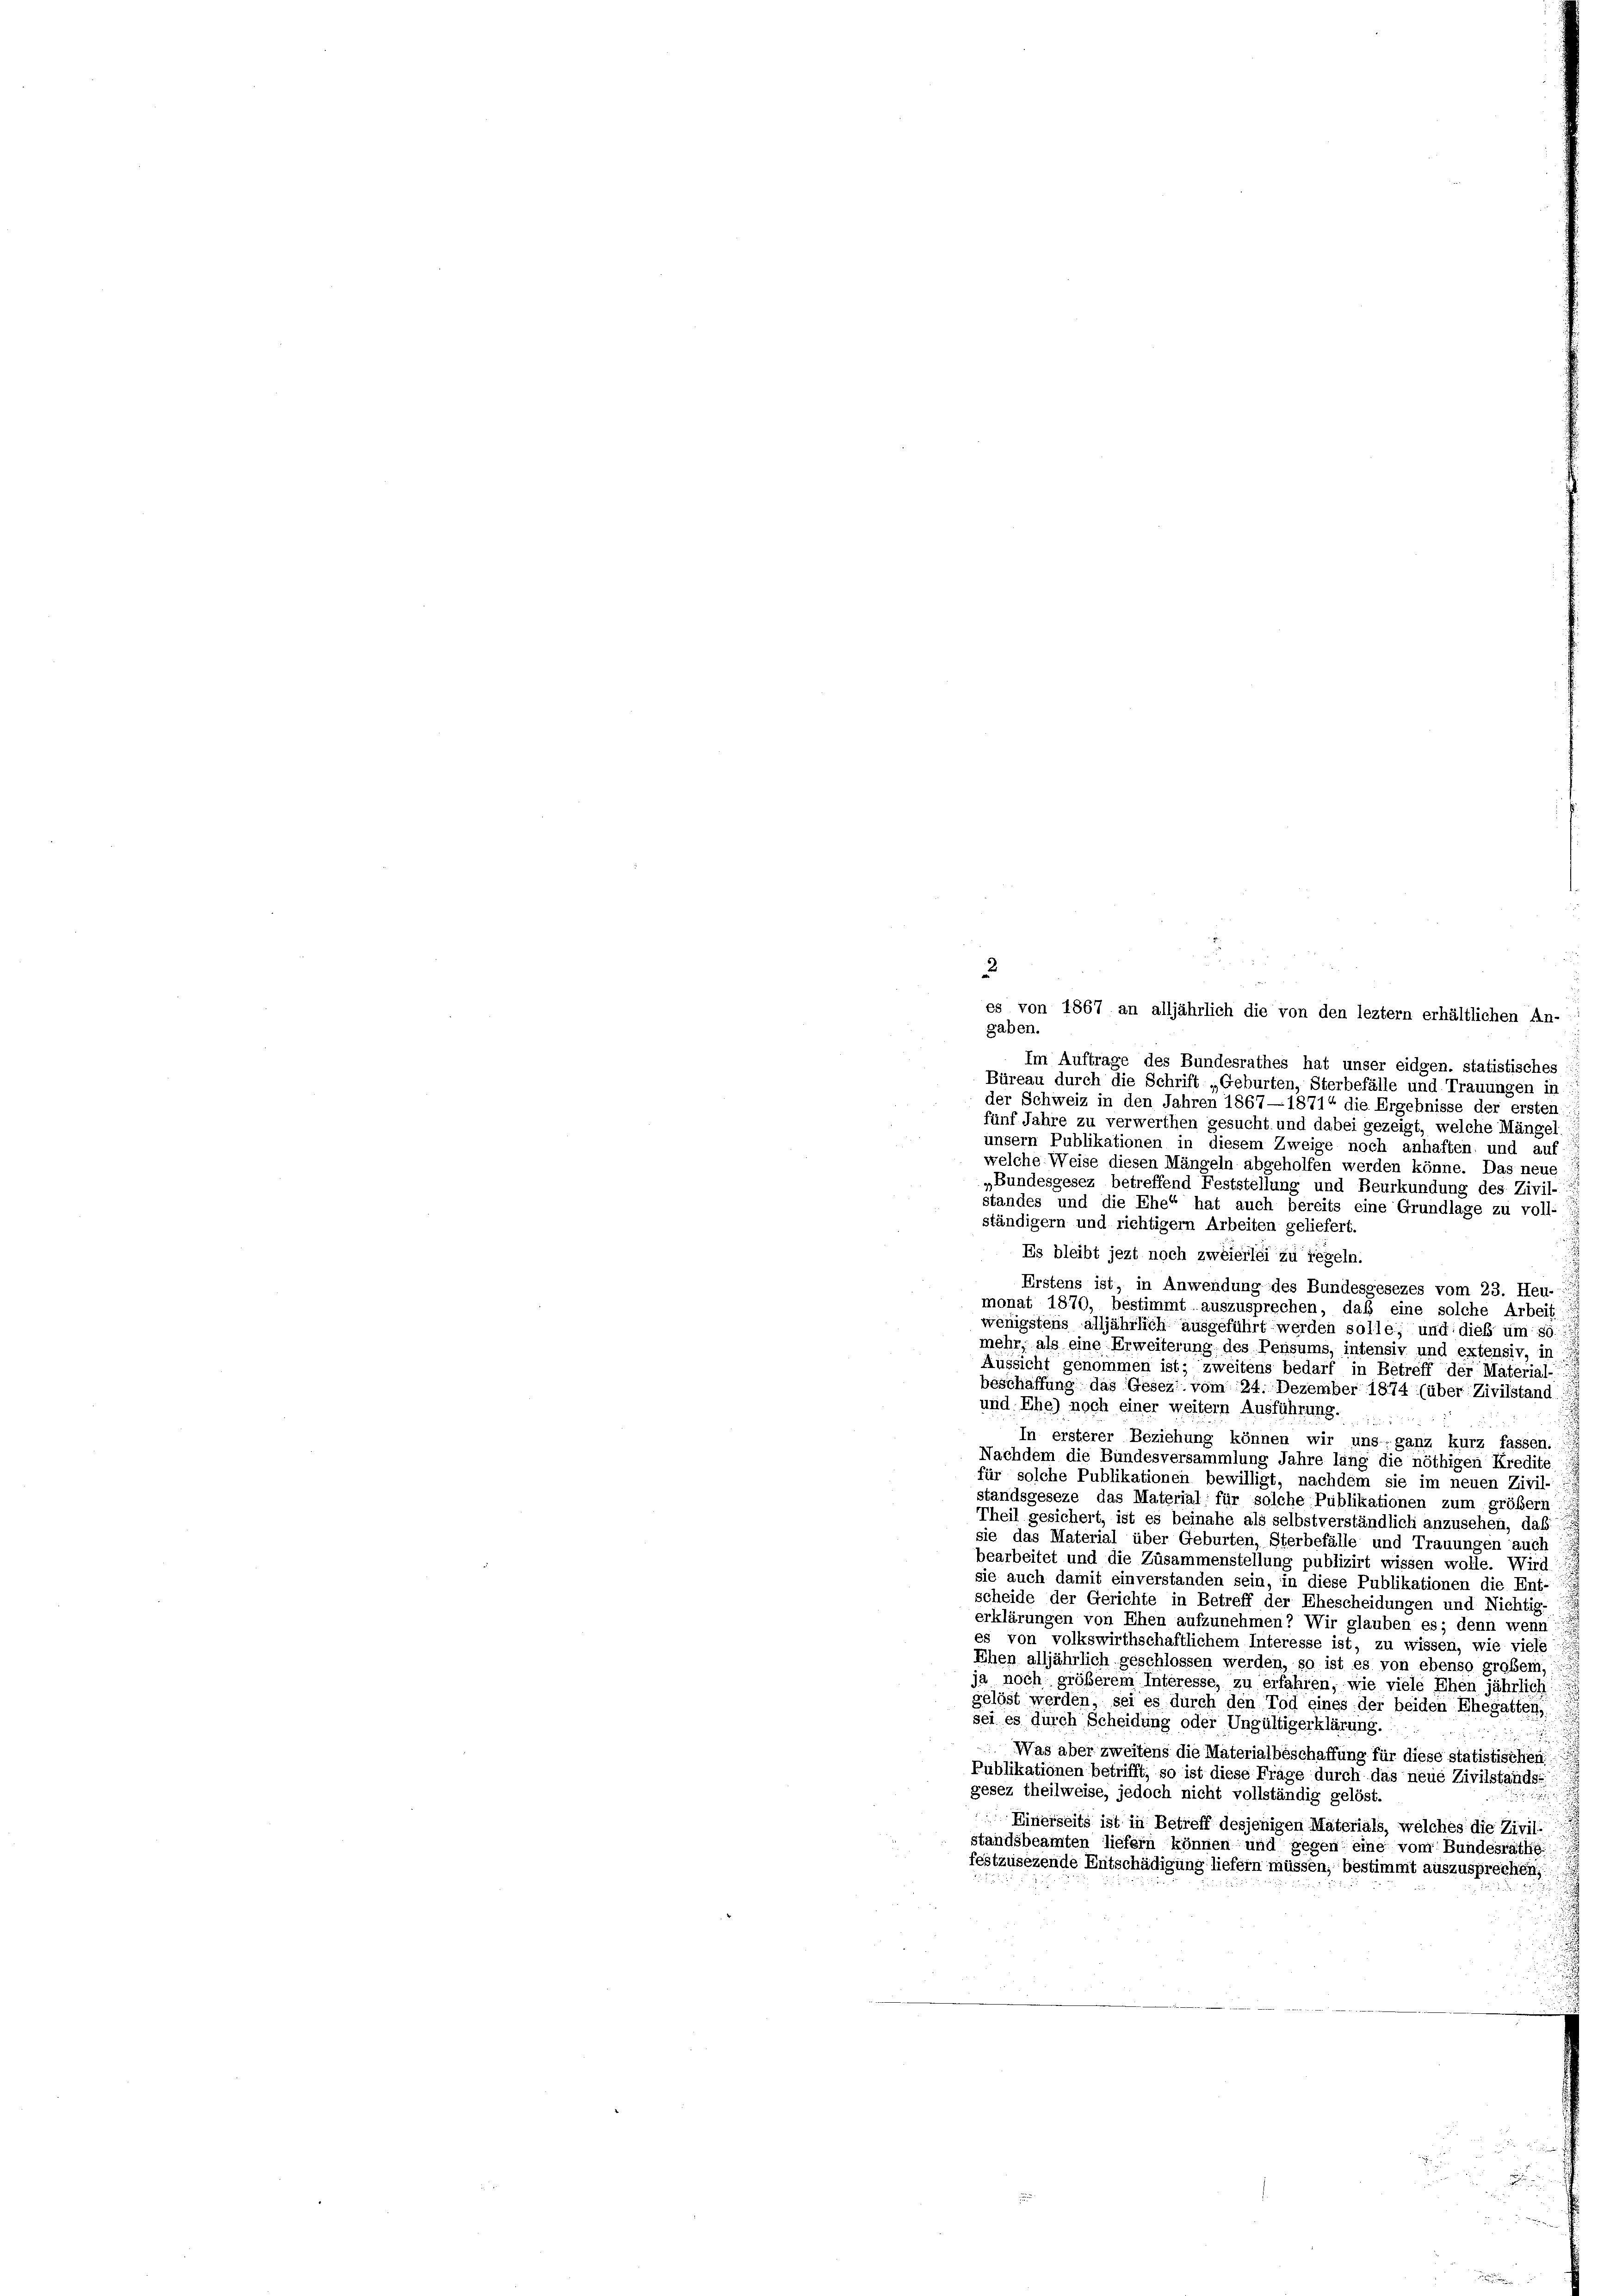
es von 1867 an alljährlich die von den leztem erhältlichen An-
gaben.
Im Auftrage des Bundesrathes hat unser eidgen. statistisches
Büreau durch die Schrift „Geburten, Sterbefälle und Trauungen in
der Schweiz in den Jahren 1867—1871“ die Ergebnisse der ersten
fünf Jahre zu verwerthen gesucht und dabei gezeigt, welche Mängel-
unsern Publikationen in diesem Zweige noch anhaften und auf
welche Weise diesen Mängeln abgeholfen werden könne. Das neue
„Bundesgesez betreffend Feststellung und Beurkundung des Zivil-
standes und die Ehe“ hat auch bereits eine Grundlage zu voll-
ständigern und richtigem Arbeiten geliefert.
Es bleibt jezt noch zweierlei zu regeln.
Erstens ist, in Anwendung des Bundesgesezes vom 23. Heu-
monat 1870, bestimmt auszusprechen, daß eine solche Arbeit
wenigstens alljährlich ausgeführt werden solle; und dies um so
mehr, als eine Erweiterung des Pensums, intensiv und extensiv, in
Aussicht genommen ist; zweitens bedarf in Betreff der Material-
beschaffung das Gesezt vom 24. Dezember 1874 (über Zivilstand:
und. Ehe) noch einer weitern Ausführung.
In ersterer Beziehung können wir uns ganz kurz fassen.
Nachdem die Bundesversammlung Jahre lang die nöthigen Kredite,
für solche Publikationen bewilligt, nachdem sie im neuen Zivil-
standsgeseze das Material für solche Publikationen zum größer
Theil gesichert, ist es beinahe als selbstverständlich anzusehen, daß
sie das Material über Geburten, Sterbefälle und Trauungen auch
bearbeitet und die Zusammenstellung publizirt wissen wolle. Wird
sie auch damit einverstanden sein, in diese Publikationen die Ent-
.
scheide der Gerichte in Betreff der Ehescheidungen und Nichtig-
erklärungen von Ehen aufzunehmen? Wir glauben es; denn wenn
es von volkswirthschaftlichem Interesse ist, zu wissen, wie viele
Ehen alljährlich geschlossen werden, so ist es von ebenso grobem,
ja noch größerem Interesse, zu erfahren, wie viele Ehen jährlich
gelöst werden, sei es durch den Tod eines der beiden Ehegatten,
sei es durch Scheidung oder Ungültigerklärung.
Was aber zweitens die Materialbeschaffung für diese statistischen
Publikationen betrifft, so ist diese Frage durch das neue Zivilstands-
gesez theilweise, jedoch nicht vollständig gelöst.
Einerseits ist in Betreff desjenigen Materials, welches die Zivili
standsbeamten liefern können und gegen eine von Bundesräthig
festzusezende Entschädigung liefern müssen, bestimmt auszusprechen